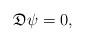
LaTeX: \begin{align*}\mathfrak{D}\psi=0,\end{align*}